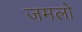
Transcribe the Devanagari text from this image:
जमलो